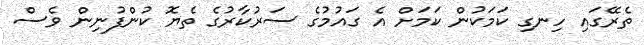
ތެރޭގައި ހިނގި ކަމަކުން ކަމަށް އެ ގައުމުގެ ސަރުކާރުގެ ތެޔޮ ކުންފުނިން ވެސް